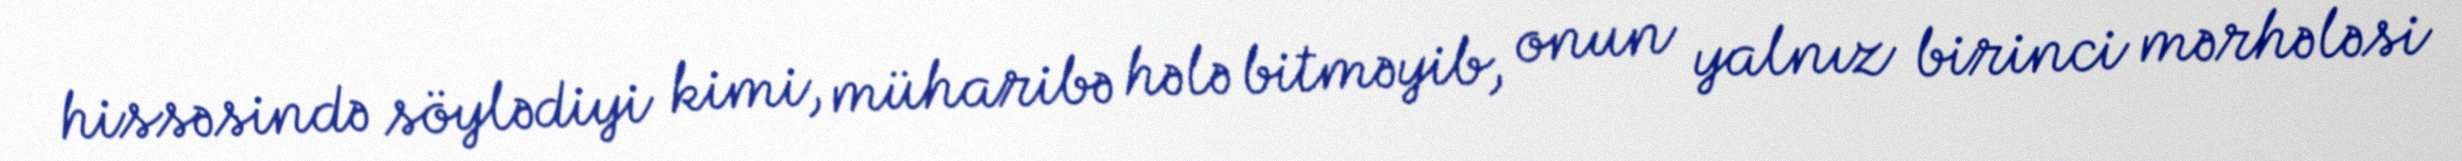
hissəsində söylədiyi kimi, müharibə hələ bitməyib, onun yalnız birinci mərhələsi